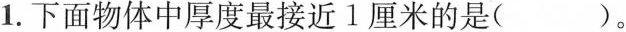
1.下面物体中厚度最接近1厘米的是( )。